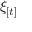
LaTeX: \xi _ { [ t ] }